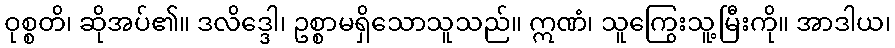
ဝုစ္စတိ၊ ဆိုအပ်၏။ ဒလိဒ္ဒေါ၊ ဥစ္စာမရှိသောသူသည်။ ဣဏံ၊ သူကြွေးသူ့မြီးကို။ အာဒါယ၊